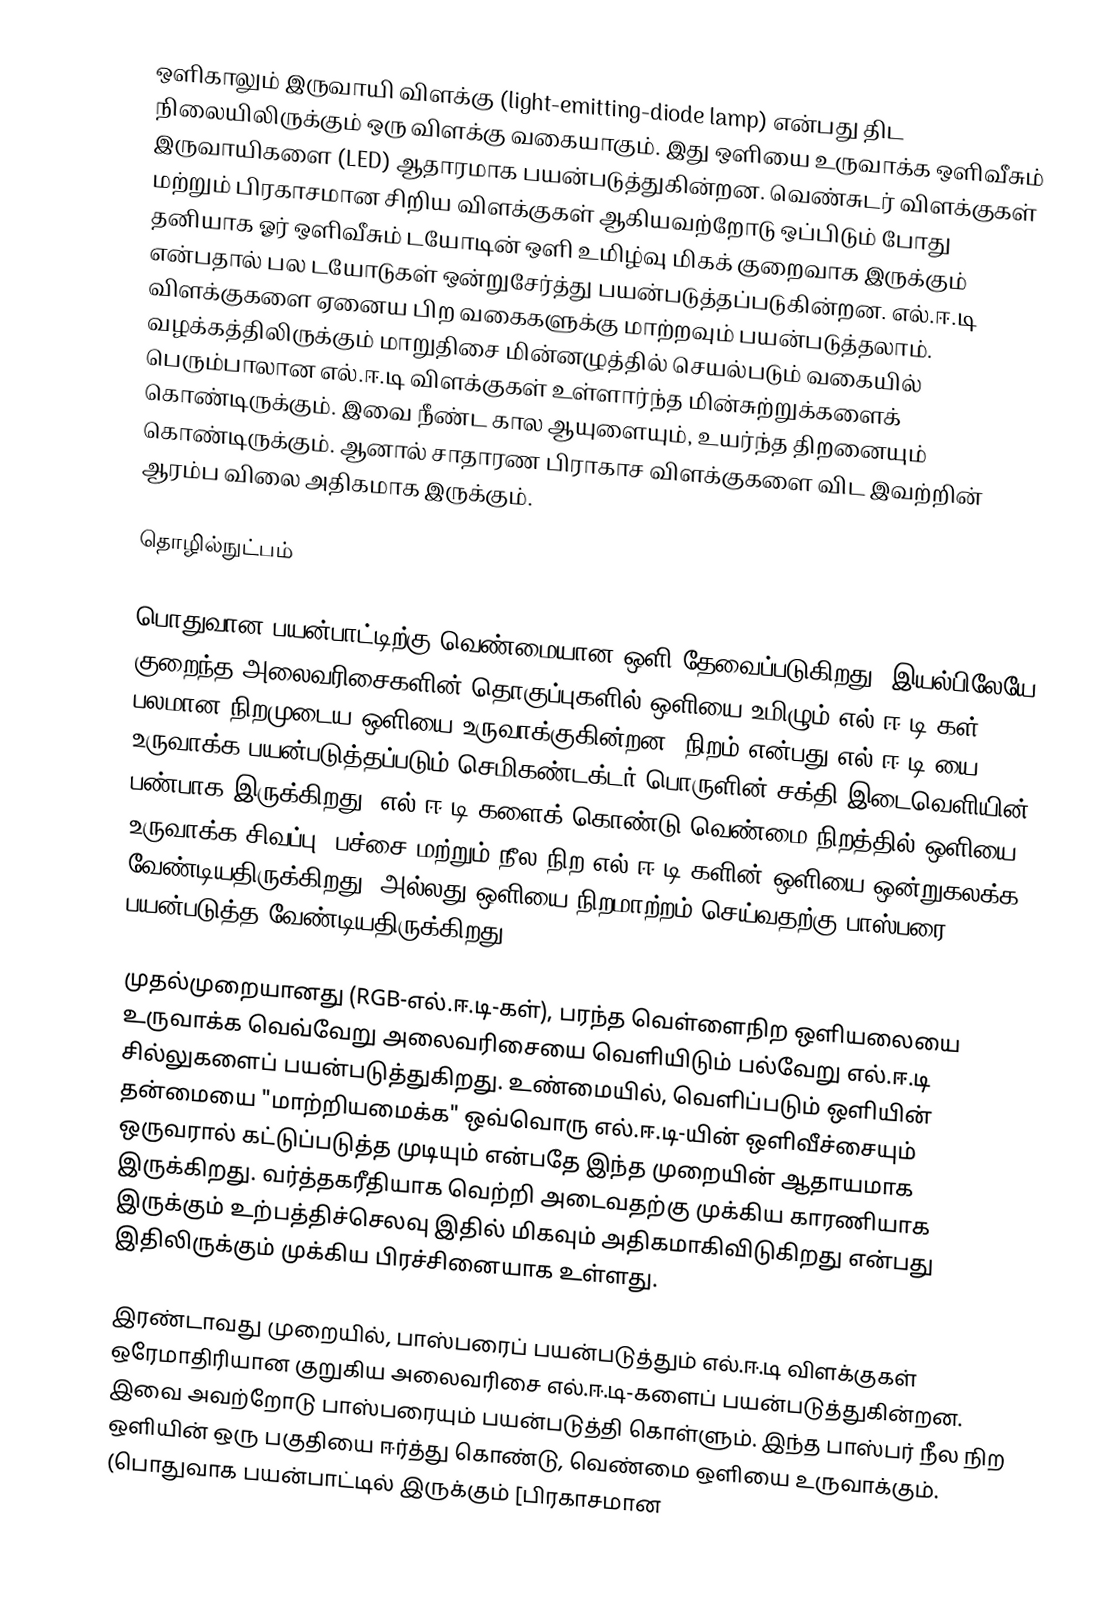
ஒளிகாலும் இருவாயி விளக்கு (light-emitting-diode lamp) என்பது திட நிலையிலிருக்கும் ஒரு விளக்கு வகையாகும். இது ஒளியை உருவாக்க ஒளிவீசும் இருவாயிகளை (LED) ஆதாரமாக பயன்படுத்துகின்றன.  வெண்சுடர் விளக்குகள் மற்றும் பிரகாசமான சிறிய விளக்குகள் ஆகியவற்றோடு ஒப்பிடும் போது தனியாக ஓர் ஒளிவீசும் டயோடின் ஒளி உமிழ்வு மிகக் குறைவாக இருக்கும் என்பதால் பல டயோடுகள் ஒன்றுசேர்த்து பயன்படுத்தப்படுகின்றன. எல்.ஈ.டி விளக்குகளை ஏனைய பிற வகைகளுக்கு மாற்றவும் பயன்படுத்தலாம். வழக்கத்திலிருக்கும் மாறுதிசை மின்னழுத்தில் செயல்படும் வகையில் பெரும்பாலான எல்.ஈ.டி விளக்குகள் உள்ளார்ந்த மின்சுற்றுக்களைக் கொண்டிருக்கும். இவை நீண்ட கால ஆயுளையும், உயர்ந்த திறனையும் கொண்டிருக்கும். ஆனால் சாதாரண பிராகாச விளக்குகளை விட இவற்றின் ஆரம்ப விலை அதிகமாக இருக்கும்.

தொழில்நுட்பம்

பொதுவான பயன்பாட்டிற்கு வெண்மையான ஒளி தேவைப்படுகிறது. இயல்பிலேயே குறைந்த அலைவரிசைகளின் தொகுப்புகளில் ஒளியை உமிழும் எல்.ஈ.டி-கள், பலமான நிறமுடைய ஒளியை உருவாக்குகின்றன. நிறம் என்பது எல்.ஈ.டி-யை உருவாக்க பயன்படுத்தப்படும் செமிகண்டக்டர் பொருளின் சக்தி இடைவெளியின் பண்பாக இருக்கிறது. எல்.ஈ.டி-களைக் கொண்டு வெண்மை நிறத்தில் ஒளியை உருவாக்க சிவப்பு, பச்சை மற்றும் நீல நிற எல்.ஈ.டி-களின் ஒளியை ஒன்றுகலக்க வேண்டியதிருக்கிறது. அல்லது ஒளியை நிறமாற்றம் செய்வதற்கு பாஸ்பரை பயன்படுத்த வேண்டியதிருக்கிறது.

முதல்முறையானது (RGB-எல்.ஈ.டி-கள்), பரந்த வெள்ளைநிற ஒளியலையை உருவாக்க வெவ்வேறு அலைவரிசையை வெளியிடும் பல்வேறு எல்.ஈ.டி சில்லுகளைப் பயன்படுத்துகிறது.  உண்மையில், வெளிப்படும் ஒளியின் தன்மையை "மாற்றியமைக்க" ஒவ்வொரு எல்.ஈ.டி-யின் ஒளிவீச்சையும் ஒருவரால் கட்டுப்படுத்த முடியும் என்பதே இந்த முறையின் ஆதாயமாக இருக்கிறது.  வர்த்தகரீதியாக வெற்றி அடைவதற்கு முக்கிய காரணியாக இருக்கும் உற்பத்திச்செலவு இதில் மிகவும் அதிகமாகிவிடுகிறது என்பது இதிலிருக்கும் முக்கிய பிரச்சினையாக உள்ளது.

இரண்டாவது முறையில், பாஸ்பரைப் பயன்படுத்தும் எல்.ஈ.டி விளக்குகள் ஒரேமாதிரியான குறுகிய அலைவரிசை எல்.ஈ.டி-களைப் பயன்படுத்துகின்றன. இவை அவற்றோடு பாஸ்பரையும் பயன்படுத்தி கொள்ளும். இந்த பாஸ்பர் நீல நிற ஒளியின் ஒரு பகுதியை ஈர்த்து கொண்டு, வெண்மை ஒளியை உருவாக்கும். (பொதுவாக பயன்பாட்டில் இருக்கும் [பிரகாசமான